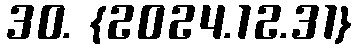
30. {2024.12.31}